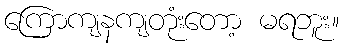
ကြောကျနကျတုံးတော့ မရဘူး။